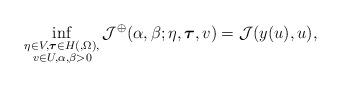
LaTeX: \begin{align*} \inf_{\substack{\eta \in V,\boldsymbol{\tau} \in H(,\Omega), \\ v \in U_{}, \alpha, \beta > 0}} \mathcal{J}^\oplus(\alpha,\beta;\eta,\boldsymbol{\tau},v) = \mathcal{J}(y(u),u),\end{align*}